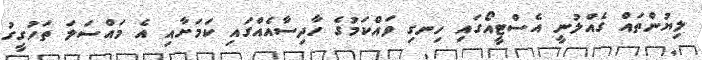
ލިޔުންތައް ގެއްލުނީ އެސްޓީއޯގައި ހިނގި ވައްކަމުގެ ހާދިސާއެއްގައި ކަމަށާއި އެ މައްސަލަ ތަހުގީގު